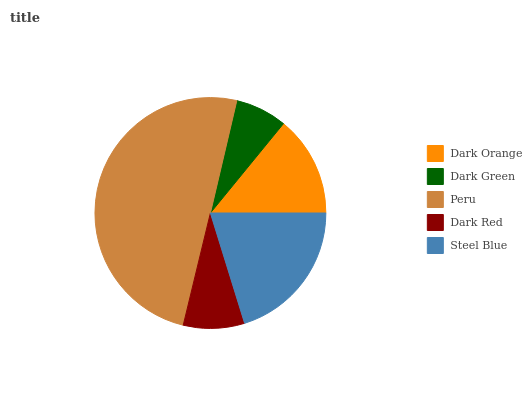
| Dark Orange | Dark Green | Peru | Dark Red | Steel Blue |
 | --- | --- | --- | --- | --- |
 | 14.1% | 7.25% | 49.9% | 8.57% | 20.2% |